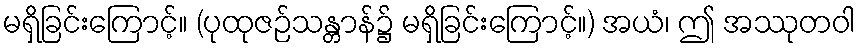
မရှိခြင်းကြောင့်။ (ပုထုဇဉ်သန္တာန်၌ မရှိခြင်းကြောင့်။) အယံ၊ ဤ အဿုတဝါ